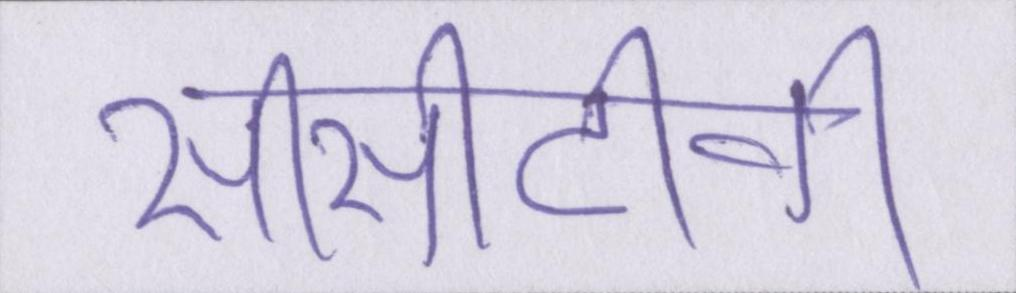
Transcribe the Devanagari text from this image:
सीसीटीवी